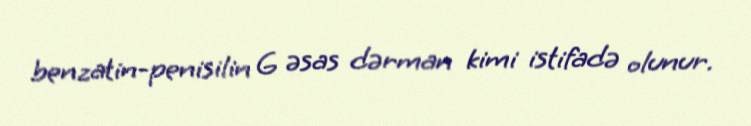
benzatin-penisilin G əsas dərman kimi istifadə olunur.